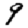
Digit: 9